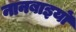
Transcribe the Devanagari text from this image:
नानबाइयों